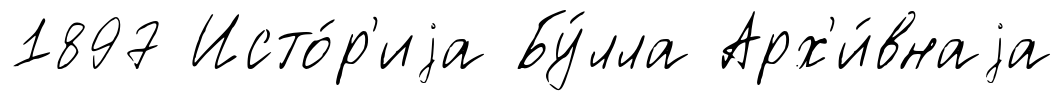
1897 Исто́р'иjа Бу́лла Арх'и́внаjа